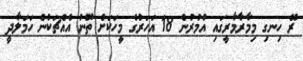
ރޭ ހިނގި މިމާރާމާރީގައި އުމުރުން 18 އަހަރުގެ މީހަކަށް ތޫނު އެއްޗަކުން ހަމަލާދީ